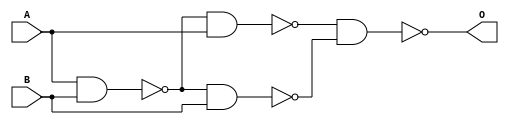
module MyXor(A, B, O);

input A, B;
output O;

wire w1, w2, w3;

nand NAND1(w1, A, B);
nand NAND2(w2, w1, A);
nand NAND3(w3, w1, B);
nand NAND4(O, w2, w3);

endmodule